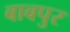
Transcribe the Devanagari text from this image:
बाबपुर